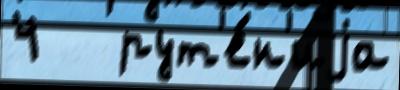
4   рут'е́н'иjа